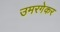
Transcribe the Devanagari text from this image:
उमरगेकर